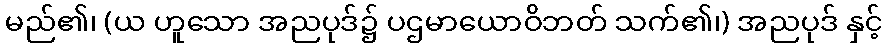
မည်၏၊ (ယ ဟူသော အညပုဒ်၌ ပဌမာယောဝိဘတ် သက်၏၊) အညပုဒ် နှင့်